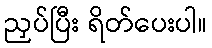
ညှပ်ပြီး ရိတ်ပေးပါ။